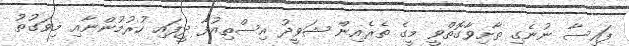
ފައިސާ ނުނެގި ތާށިވާގޮތްވީ މީގެ ތެރެއިން ޝަވީދު އިސްތިއުފާ ދީފައި ހުރުމުންނާއި މިވަގުތު